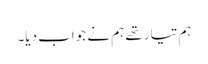
ہم تیار تھے ہم نے جواب دیا۔